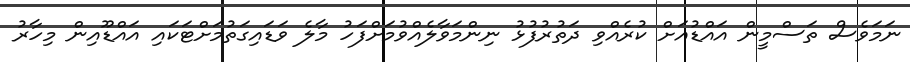
ނަމަވެސް ތަސްމީން އައްޑުއަށް ކުރެއްވި ދަތުރުފުޅު ނިންމަވާލެއްވުމަށްފަހު މާލެ ވަޑައިގަތުމަށްޓަކައި އައްޑޫއިން މިހާރު